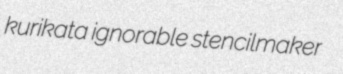
kurikata ignorable stencilmaker